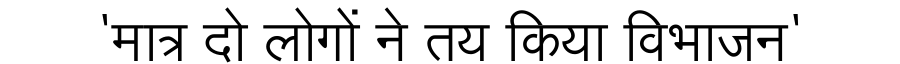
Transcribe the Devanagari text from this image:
'मात्र दो लोगों ने तय किया विभाजन'